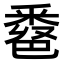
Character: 𨤖